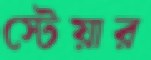
স্টেয়ার